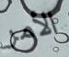
الأمر